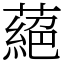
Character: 蕝